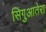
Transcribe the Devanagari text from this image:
सिगुआतेरा